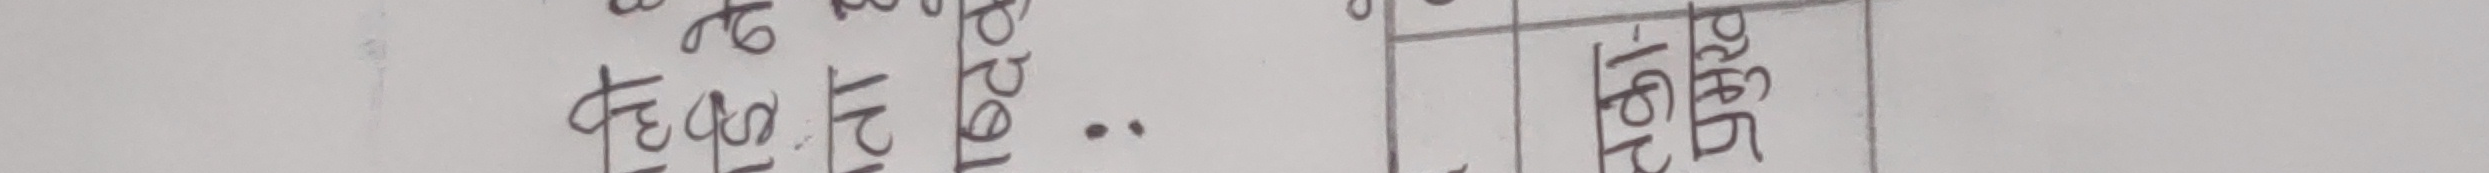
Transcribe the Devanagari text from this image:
अचछप९३टत्र२ढ१..
१९० ११९१ १२६५